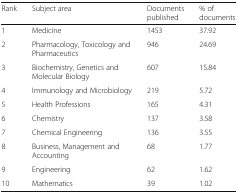
<table><thead><tr><td><b>Rank</b></td><td><b>Subject area</b></td><td><b>Documents published</b></td><td><b>% of documents</b></td></tr></thead><tbody><tr><td>1</td><td>Medicine</td><td>1453</td><td>37.92</td></tr><tr><td>2</td><td>Pharmacology, Toxicology and Pharmaceutics</td><td>946</td><td>24.69</td></tr><tr><td>3</td><td>Biochemistry, Genetics and Molecular Biology</td><td>607</td><td>15.84</td></tr><tr><td>4</td><td>Immunology and Microbiology</td><td>219</td><td>5.72</td></tr><tr><td>5</td><td>Health Professions</td><td>165</td><td>4.31</td></tr><tr><td>6</td><td>Chemistry</td><td>137</td><td>3.58</td></tr><tr><td>7</td><td>Chemical Engineering</td><td>136</td><td>3.55</td></tr><tr><td>8</td><td>Business, Management and Accounting</td><td>68</td><td>1.77</td></tr><tr><td>9</td><td>Engineering</td><td>62</td><td>1.62</td></tr><tr><td>10</td><td>Mathematics</td><td>39</td><td>1.02</td></tr></tbody></table>